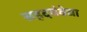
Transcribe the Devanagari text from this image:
सहृदयंवेद्या